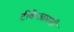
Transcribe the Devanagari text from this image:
टीकेआरसी